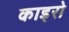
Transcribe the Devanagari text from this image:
काइरो